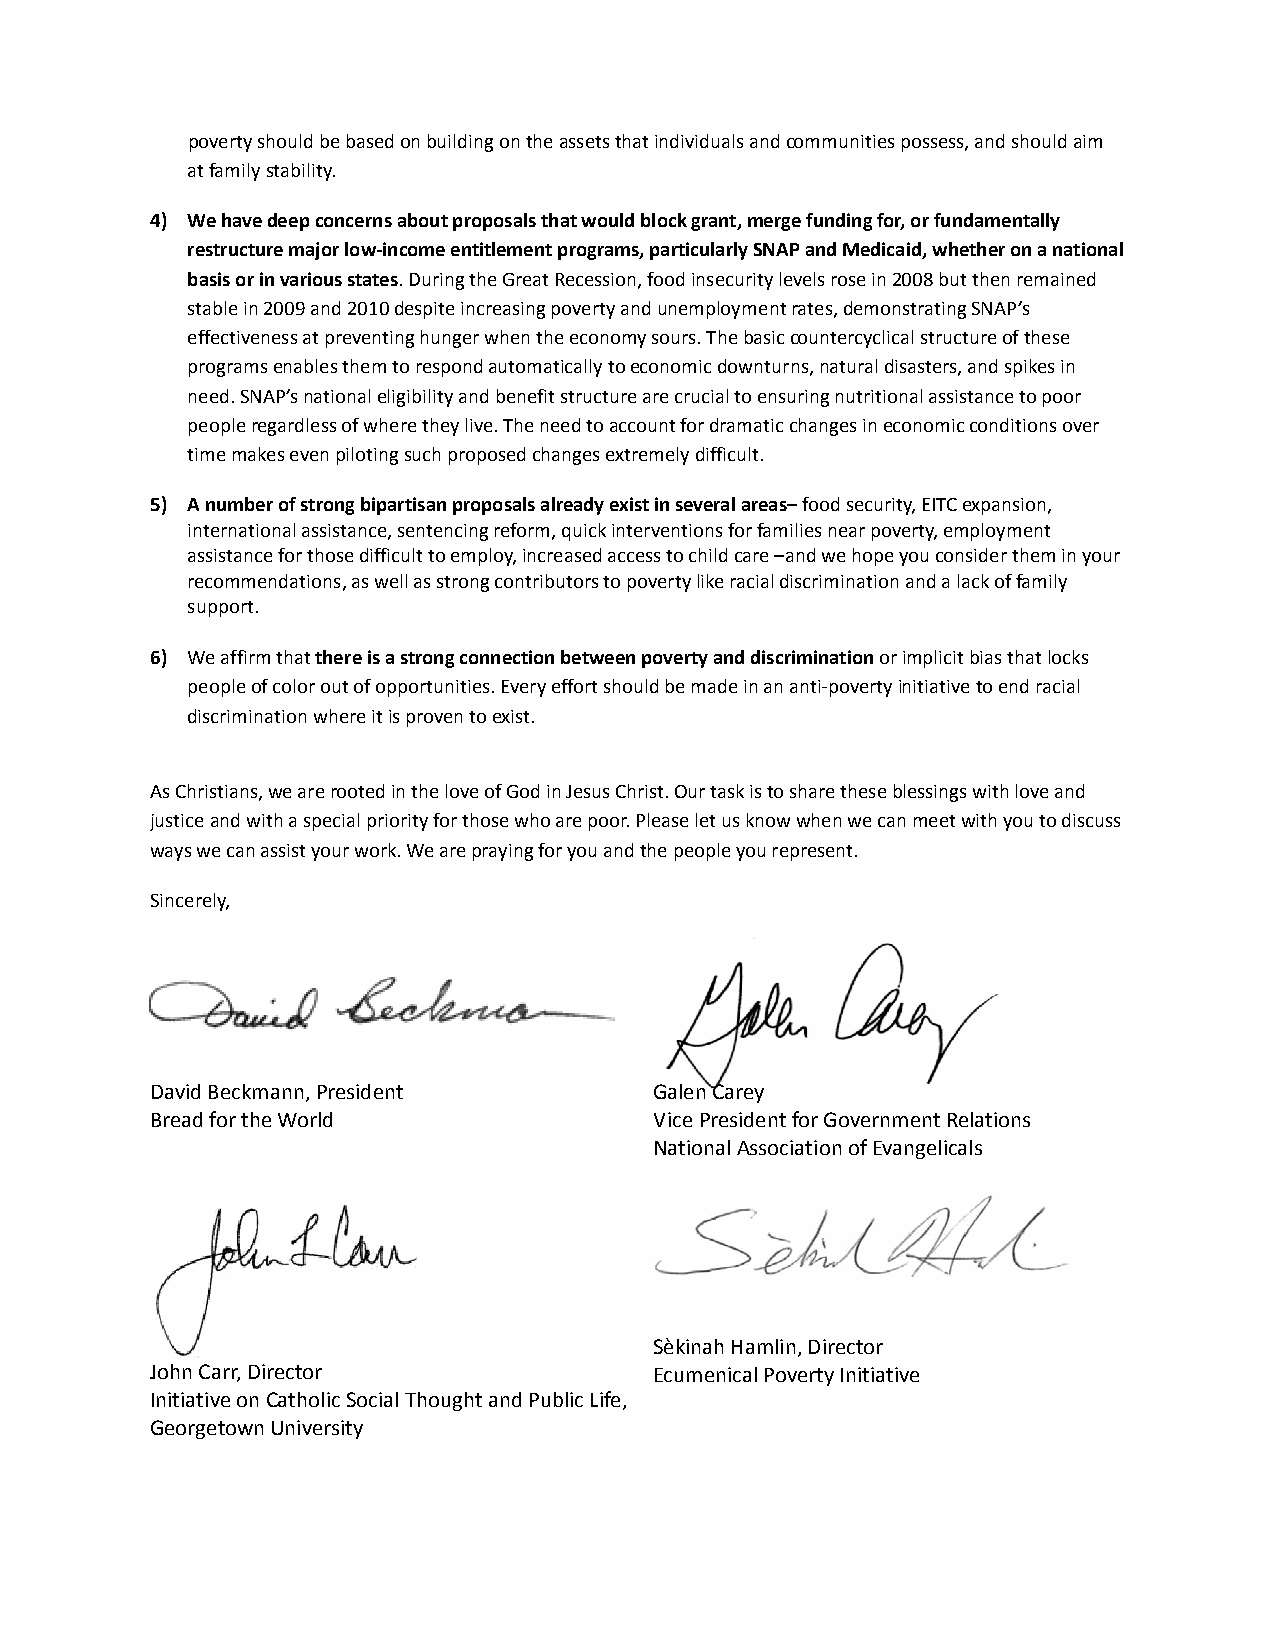
poverty should be based on building on the assets that individuals and communities possess, and should aim
 at family stability.
 4) We have deep concerns about proposals that would block grant, merge funding for, or fundamentally
 restructure major low‐income entitlement programs, particularly SNAP and Medicaid, whether on a national
 basis or in various states. During the Great Recession, food insecurity levels rose in 2008 but then remained
 stable in 2009 and 2010 despite increasing poverty and unemployment rates, demonstrating SNAP’s
 effectiveness at preventing hunger when the economy sours. The basic countercyclical structure of these
 programs enables them to respond automatically to economic downturns, natural disasters, and spikes in
 need. SNAP’s national eligibility and benefit structure are crucial to ensuring nutritional assistance to poor
 people regardless of where they live. The need to account for dramatic changes in economic conditions over
 time makes even piloting such proposed changes extremely difficult.
 5) A number of strong bipartisan proposals already exist in several areas– food security, EITC expansion,
 international assistance, sentencing reform, quick interventions for families near poverty, employment
 assistance for those difficult to employ, increased access to child care –and we hope you consider them in your
 recommendations, as well as strong contributors to poverty like racial discrimination and a lack of family
 support.
 6) We affirm that there is a strong connection between poverty and discrimination or implicit bias that locks
 people of color out of opportunities. Every effort should be made in an anti‐poverty initiative to end racial
 discrimination where it is proven to exist.
 As Christians, we are rooted in the love of God in Jesus Christ. Our task is to share these blessings with love and
 justice and with a special priority for those who are poor. Please let us know when we can meet with you to discuss
 ways we can assist your work. We are praying for you and the people you represent.
 Sincerely,
 David Beckmann, President        Galen Carey
 Bread for the World              Vice President for Government Relations
 National Association of Evangelicals
 Sèkinah Hamlin, Director
 John Carr, Director              Ecumenical Poverty Initiative
 Initiative on Catholic Social Thought and Public Life,
 Georgetown University